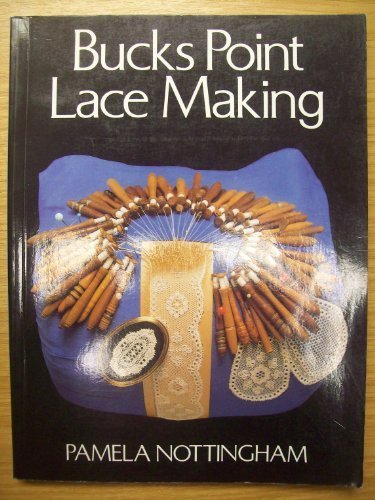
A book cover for Bucks Point Lace-making; Pamela Nottingham; Crafts, Hobbies & Home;